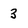
Character: 3